Annual report of the Imperial Bacteriologist
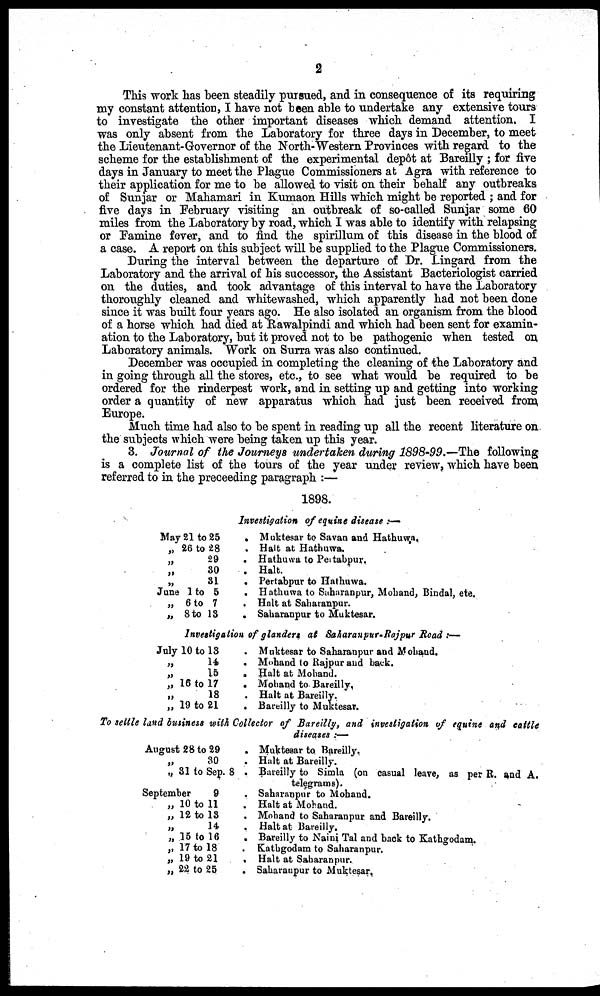
2
This work has been steadily pursued, and in consequence of its requiring
my constant attention, I have not been able to undertake any extensive tours
to investigate the other important diseases which demand attention. I
was only absent from the Laboratory for three days in December, to meet
the Lieutenant-Governor of the North-Western Provinces with regard to the
scheme for the establishment of the experimental depôt at Bareilly ; for five
days in January to meet the Plague Commissioners at Agra with reference to
their application for me to be allowed to visit on their behalf any outbreaks
of Sunjar or Mahamari in Kumaon Hills which might be reported ; and for
five days in February visiting an outbreak of so-called Sunjar some 60
miles from the Laboratory by road, which I was able to identify with relapsing
or Famine fever, and to find the spirillum of this disease in the blood of
a case. A report on this subject will be supplied to the Plague Commissioners.
During the interval between the departure of Dr. Lingard from the
Laboratory and the arrival of his successor, the Assistant Bacteriologist carried
on the duties, and took advantage of this interval to have the Laboratory
thoroughly cleaned and whitewashed, which apparently had not been done
since it was built four years ago. He also isolated an organism from the blood
of a horse which had died at Rawalpindi and which had been sent for examin-
ation to the Laboratory, but it proved not to be pathogenic when tested on
Laboratory animals. Work on Surra was also continued.
December was occupied in completing the cleaning of the Laboratory and
in going through all the stores, etc., to see what would be required to be
ordered for the rinderpest work, and in setting up and getting into working
order a quantity of new apparatus which had just been received from.
Europe.
Much time had also to be spent in reading up all the recent literature on
the subjects which were being taken up this year.
3. Journal of the Journeys undertaken during 1898-99.—The following
is a complete list of the tours of the year under review, which have been
referred to in the preceeding paragraph :—
1898.
May 21 to 25
„ 26 to 28
„ 29
„ 30
„ 31
June 1 to 5
„ 6 to 7
„ 8 to 13
Investigation of equine disease :—
. Muktesar to Savan and Hathuwa.
. Halt at Hathuwa.
. Hathuwa to Pertabpur.
. Halt.
. Pertabpur to Hathuwa.
. Hathuwa to Saharanpur, Mohand, Bindal, etc.
. Halt at Saharanpur.
. Saharanpur to Muktesar.
Investigation of glanders at Saharanpur-Rajpur Road :—
July 10 to 13
„ 14
„ 15
„ 16 to 17
„ 18
„ 19 to 21
. Muktesar to Saharanpur and Mohand.
. Mohand to Rajpur and back.
. Halt at Mohand.
. Mohand to Bareilly.
. Halt at Bareilly.
. Bareilly to Muktesar.
To settle land business with Collector of Bareilly, and investigation of equine and cattle
August 28 to 29
„ 30
„ 31 to Sep.
September
9
„ 10 to 11
„ 12 to 13
„ 14
„ 15 to 16
„ 17 to 18
„ 19 to 21
„ 22 to 25
diseases :—
. Muktesar to Bareilly.
. Halt at Bareilly.
8 . Bareilly to Simla (on casual leave, as per R. and A.
telegrams).
. Saharanpur to Mohand.
. Halt at Mohand.
. Mohand to Saharanpur. and Bareilly.
. Halt at Bareilly.
. Bareilly to Naini Tal and back to Kathgodam.
. Kathgodam to Saharanpur.
. Halt at Saharanpur.
. Saharanpur to Muktesar.